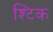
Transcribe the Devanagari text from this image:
श्टिक